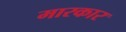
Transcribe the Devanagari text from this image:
मारकार